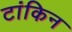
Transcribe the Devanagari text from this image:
टांकिन